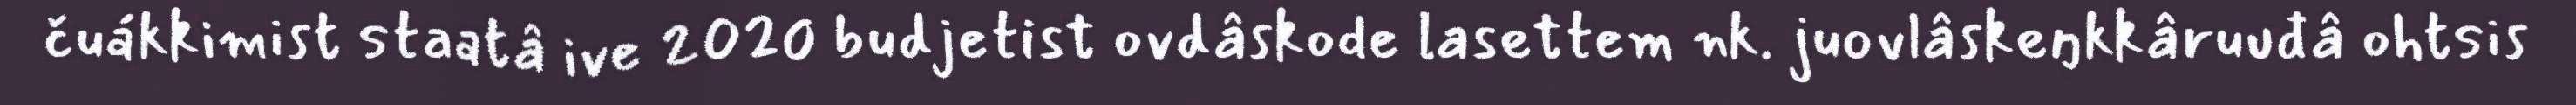
čuákkimist staatâ ive 2020 budjetist ovdâskode lasettem nk. juovlâskeŋkkâruuđâ ohtsis